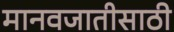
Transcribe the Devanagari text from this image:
मानवजातीसाठी